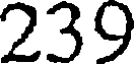
239